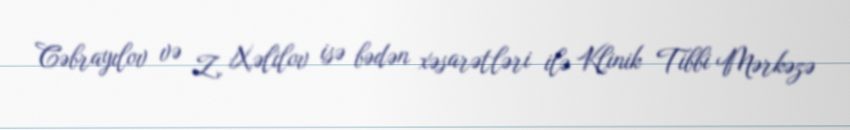
Cəbrayılov və Z. Xəlilov isə bədən xəsarətləri ilə Klinik Tibbi Mərkəzə